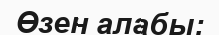
Өзен алабы: